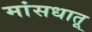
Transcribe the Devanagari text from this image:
मांसधातू